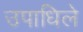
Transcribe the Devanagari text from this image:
उपाधिले